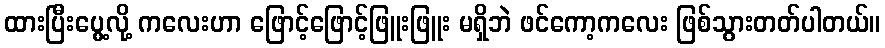
ထားပြီးပွေ့လို့ ကလေးဟာ ဖြောင့်ဖြောင့်ဖြူးဖြူး မရှိဘဲ ဖင်ကော့ကလေး ဖြစ်သွားတတ်ပါတယ်။